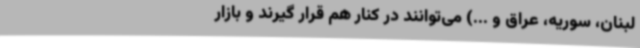
لبنان، سوریه، عراق و ...) می‌توانند در کنار هم قرار گیرند و بازار